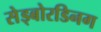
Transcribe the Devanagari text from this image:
सेड्बोरडिनग